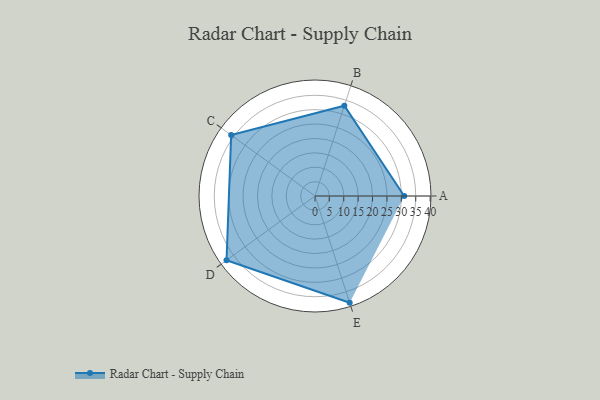
{"axis": {"x": "Skill", "y": "Score"}, "legend": ["Profile"], "data": [{"x": "A", "y": 31.0, "type": "Profile"}, {"x": "B", "y": 33.0, "type": "Profile"}, {"x": "C", "y": 36.0, "type": "Profile"}, {"x": "D", "y": 38.0, "type": "Profile"}, {"x": "E", "y": 39.0, "type": "Profile"}]}